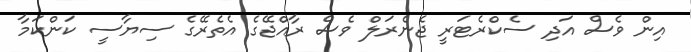
އިން ވެސް އަދި ސެކްރެޓަރީ ޖެނެރަލް ވެސް ރާއްޖޭގެ އެތެރޭގެ ސިޔާސީ ކަންކަމާ